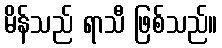
မိန်သည် ရာသီ ဖြစ်သည်။